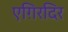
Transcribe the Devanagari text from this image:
एग़िरदिर